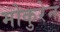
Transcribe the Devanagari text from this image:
मोकुरेन